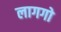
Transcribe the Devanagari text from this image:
लागगो